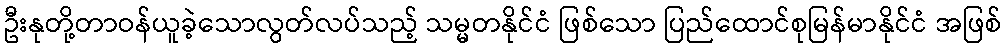
ဦးနုတို့တာဝန်ယူခဲ့သောလွတ်လပ်သည့် သမ္မတနိုင်ငံ ဖြစ်သော ပြည်ထောင်စုမြန်မာနိုင်ငံ အဖြစ်